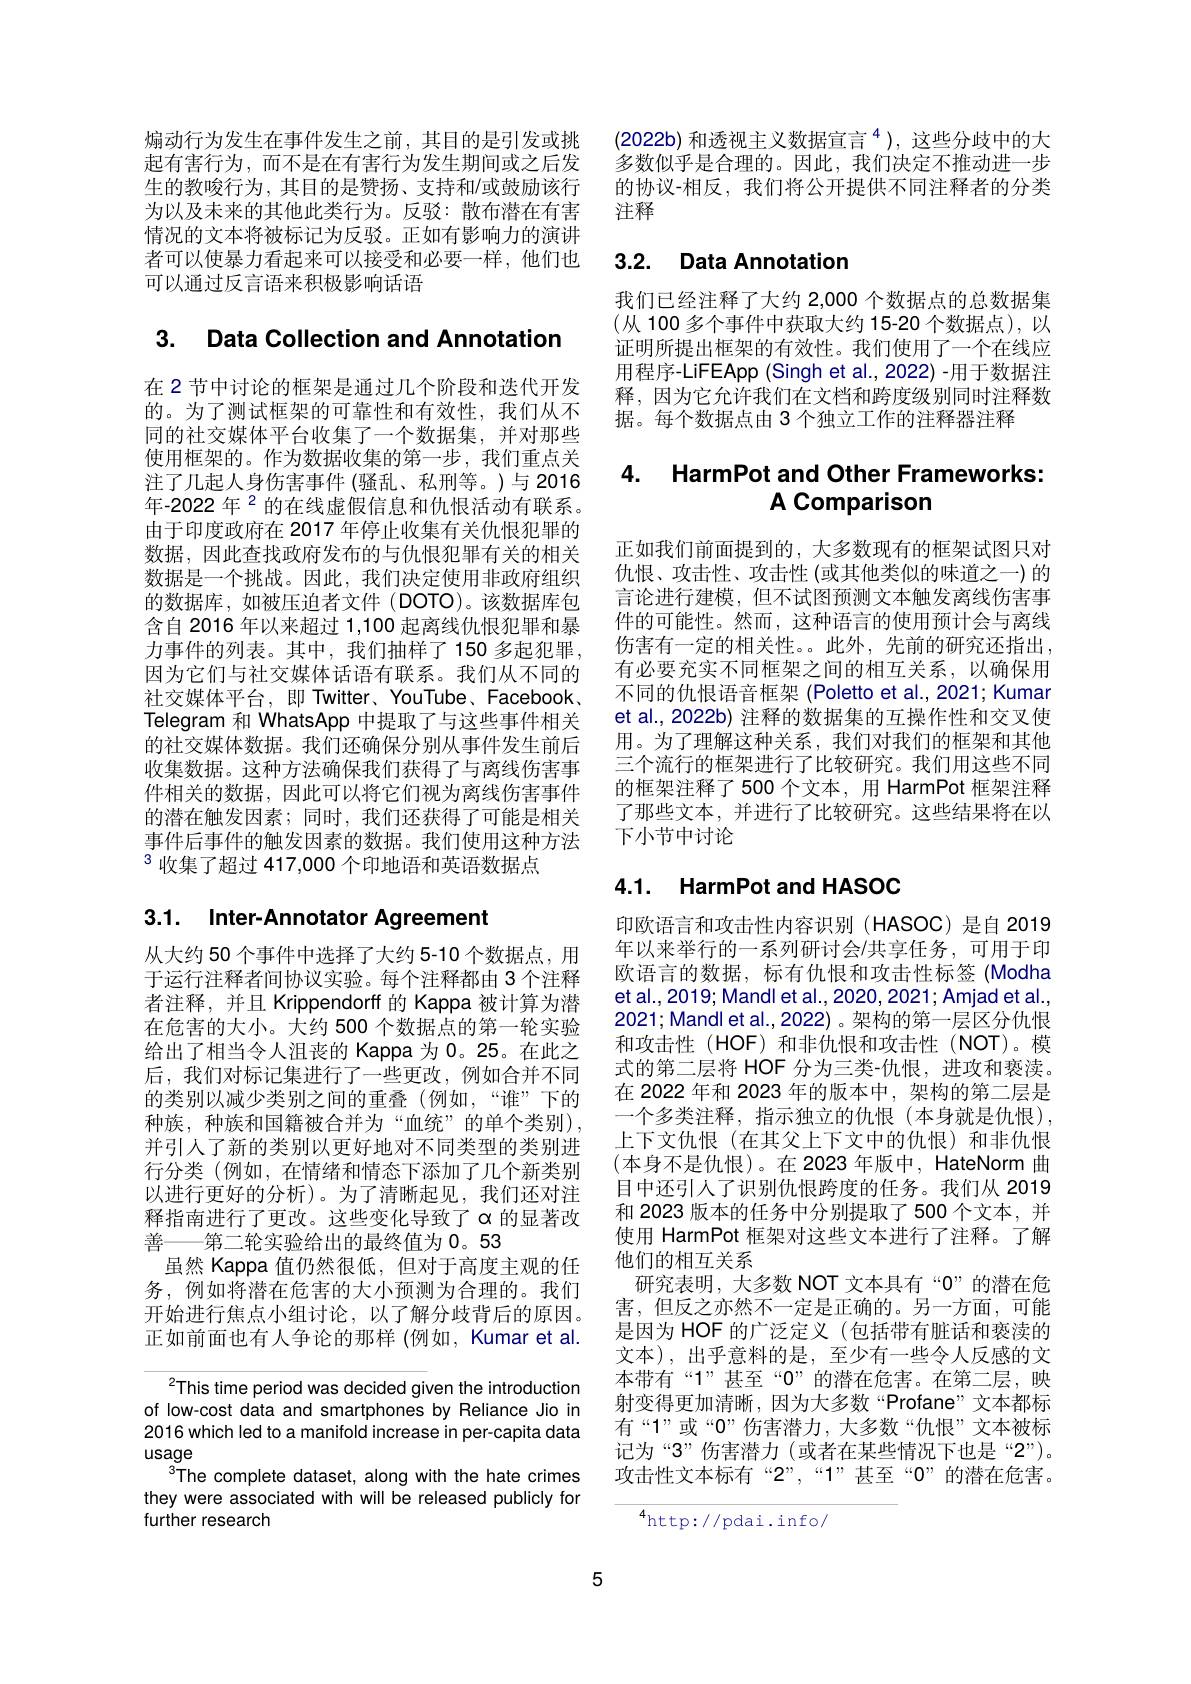
煽动行为发生在事件发生之前，其目的是引发或挑起有害行为，而不是在有害行为发生期间或之后发生的教唆行为，其目的是赞扬、支持和/或鼓励该行为以及未来的其他此类行为。反驳：散布潜在有害情况的文本将被标记为反驳。正如有影响力的演讲者可以使暴力看起来可以接受和必要一样，他们也可以通过反言语来积极影响话语

# 3. Data Collection and Annotation

在 2 节中讨论的框架是通过几个阶段和迭代开发的。为了测试框架的可靠性和有效性，我们从不同的社交媒体平台收集了一个数据集，并对那些使用框架的。作为数据收集的第一步，我们重点关注了几起人身伤害事件 (骚乱、私刑等。)与 2016年-2022 年$^{2}$的在线虚假信息和仇恨活动有联系。由于印度政府在 2017 年停止收集有关仇恨犯罪的数据，因此查找政府发布的与仇恨犯罪有关的相关数据是一个挑战。因此，我们决定使用非政府组织的数据库，如被压迫者文件 (DOTO)。该数据库包含自 2016 年以来超过 1,100 起离线仇恨犯罪和暴力事件的列表。其中，我们抽样了150 多起犯罪， 因为它们与社交媒体话语有联系。我们从不同的社交媒体平台，即 Twitter、YouTube、Facebook、 Telegram 和 WhatsApp 中提取了与这些事件相关的社交媒体数据。我们还确保分别从事件发生前后收集数据。这种方法确保我们获得了与离线伤害事件相关的数据，因此可以将它们视为离线伤害事件的潜在触发因素；同时，我们还获得了可能是相关事件后事件的触发因素的数据。我们使用这种方法$^{3}$收集了超过 417,000个印地语和英语数据点

3.1. Inter-Annotator Agreement

从大约 50 个事件中选择了大约 5-10 个数据点，用于运行注释者间协议实验。每个注释都由 3 个注释者注释，并且 Krippendorff 的 Kappa 被计算为潜在危害的大小。大约 500 个数据点的第一轮实验给出了相当令人沮丧的 Kappa 为 0。25。在此之后，我们对标记集进行了一些更改，例如合并不同的类别以减少类别之间的重叠(例如，“谁”下的种族，种族和国籍被合并为“血统”的单个类别), 并引人了新的类别以更好地对不同类型的类别进行分类(例如，在情绪和情态下添加了几个新类别以进行更好的分析)。为了清晰起见，我们还对注释指南进行了更改。这些变化导致了α的显著改善——第二轮实验给出的最终值为 0。53
虽然 Kappa 值仍然很低，但对于高度主观的任务，例如将潜在危害的大小预测为合理的。我们开始进行焦点小组讨论，以了解分歧背后的原因。正如前面也有人争论的那样 (例如，Kumar et al.

$^{2}$This time period was decided given the introduction of low-cost data and smartphones by Reliance Jio in 2016 which led to a manifold increase in per-capita data usage
The complete dataset, along with the hate crimes they were associated with will be released publicly for further research

(2022b) 和透视主义数据宣言$^4)$,这些分歧中的大多数似乎是合理的。因此，我们决定不推动进一步的协议-相反，我们将公开提供不同注释者的分类注释

# 3.2. Data Annotation

我们已经注释了大约 2,000 个数据点的总数据集(从 100 多个事件中获取大约 15-20 个数据点),以证明所提出框架的有效性。我们使用了一个在线应用程序-LiFEApp (Singh et al., 2022) -用于数据注释，因为它允许我们在文档和跨度级别同时注释数据。每个数据点由 3 个独立工作的注释器注释

### 4. HarmPot and Other Frameworks: A Comparison

正如我们前面提到的，大多数现有的框架试图只对仇恨、攻击性、攻击性 (或其他类似的味道之一)的言论进行建模，但不试图预测文本触发离线伤害事件的可能性。然而，这种语言的使用预计会与离线伤害有一定的相关性。此外，先前的研究还指出， 有必要充实不同框架之间的相互关系，以确保用不同的仇恨语音框架 (Poletto et al., 2021; Kumar et al., 2022b) 注释的数据集的互操作性和交叉使用。为了理解这种关系，我们对我们的框架和其他三个流行的框架进行了比较研究。我们用这些不同的框架注释了500 个文本，用 HarmPot 框架注释了那些文本，并进行了比较研究。这些结果将在以下小节中讨论

# 4.1. HarmPot and HASOC

印欧语言和攻击性内容识别 (HASOC)是自 2019年以来举行的一系列研讨会/共享任务，可用于印欧语言的数据，标有仇恨和攻击性标签 (Modha et al., 2019; Mandl et al., 2020, 2021; Amjad et al., 2021; Mandl et al., 2022) 。架构的第一层区分仇恨和攻击性(HOF)和非仇恨和攻击性(NOT)。模式的第二层将 HOF 分为三类-仇恨，进攻和亵渎。在 2022 年和 2023 年的版本中，架构的第二层是一个多类注释，指示独立的仇恨(本身就是仇恨), 上下文仇恨(在其父上下文中的仇恨)和非仇恨(本身不是仇恨)。在 2023 年版中，HateNorm 曲目中还引人了识别仇恨跨度的任务。我们从 2019和 2023 版本的任务中分别提取了500 个文本，并使用 HarmPot 框架对这些文本进行了注释。了解他们的相互关系
研究表明，大多数 NOT 文本具有“0”的潜在危害，但反之亦然不一定是正确的。另一方面，可能是因为 HOF 的广泛定义(包括带有脏话和亵渎的文本),出乎意料的是，至少有一些令人反感的文本带有“1”甚至“0”的潜在危害。在第二层，映射变得更加清晰，因为大多数“Profane”文本都标有“1”或“0”伤害潜力，大多数“仇恨”文本被标记为“3”伤害潜力(或者在某些情况下也是“2”)。攻击性文本标有“2”,“1”甚至“0”的潜在危害。

$^{4}$http://pdai.info/

5